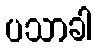
ပသာခါ